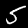
Digit: 5